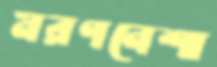
মরণনেশা